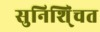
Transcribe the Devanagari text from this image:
सुनिशि्ंचत